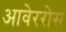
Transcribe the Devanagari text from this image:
आवेररोस